65_HS1-834228961_62-HQ-83894_Section_8
Agency: FBI
Page 187
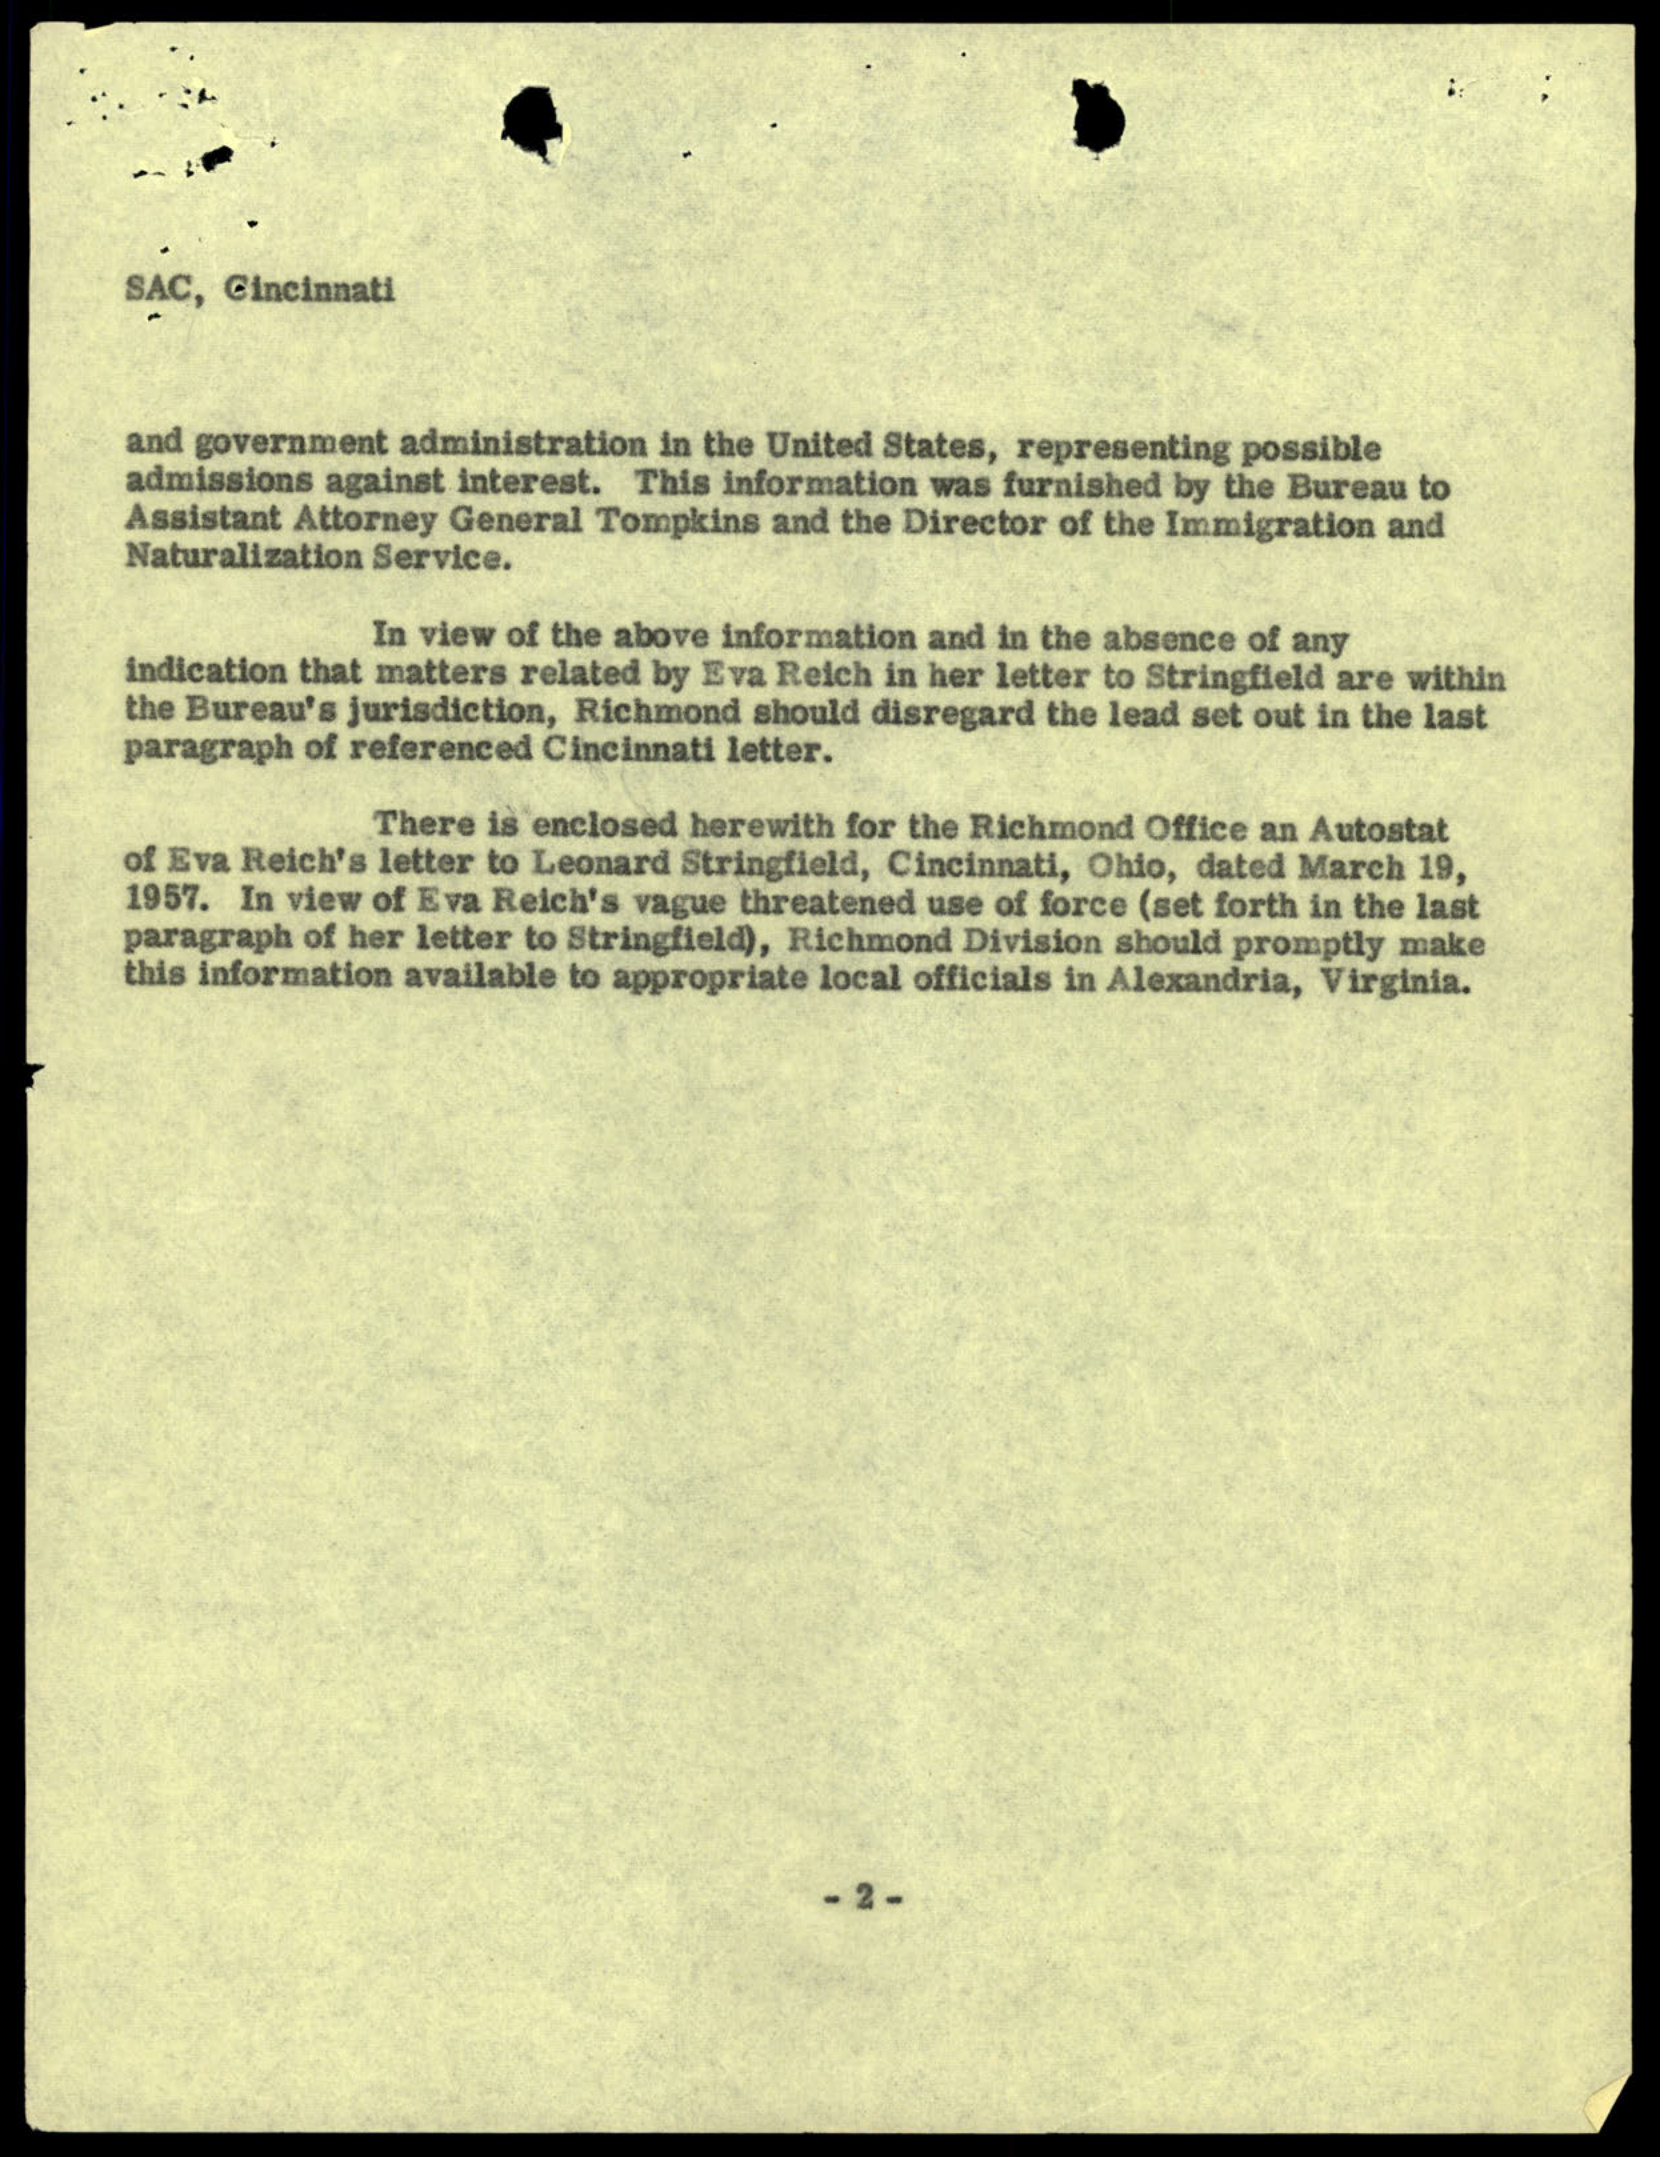